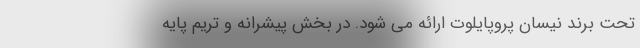
تحت برند نیسان پروپایلوت ارائه می شود. در بخش پیشرانه و تریم پایه